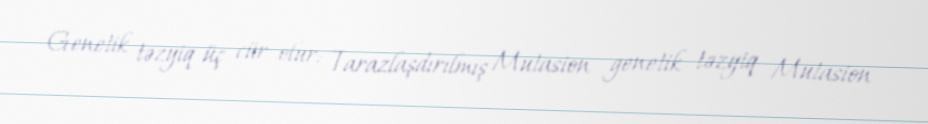
Genetik təzyiq üç cür olur: Tarazlaşdırılmış Mutasion genetik təzyiq Mutasion